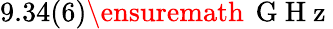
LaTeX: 9.34(6)\ensuremath{\, \mathrm{~G~H~z~}}